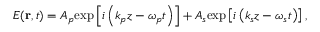
E ( \mathbf { r } , t ) = A _ { p } \mathrm { e x p } \left[ i \left( k _ { p } z - \omega _ { p } t \right) \right] + A _ { s } \mathrm { e x p } \left[ i \left( k _ { s } z - \omega _ { s } t \right) \right] ,